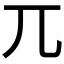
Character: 兀